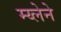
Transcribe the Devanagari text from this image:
म्य्लेने